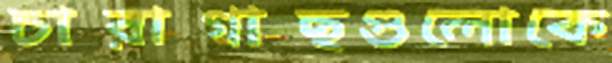
চারাগাছগুলোকে